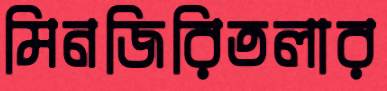
মিনজিরিতলার